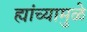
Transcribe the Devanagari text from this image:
ह्यांच्यामुळे